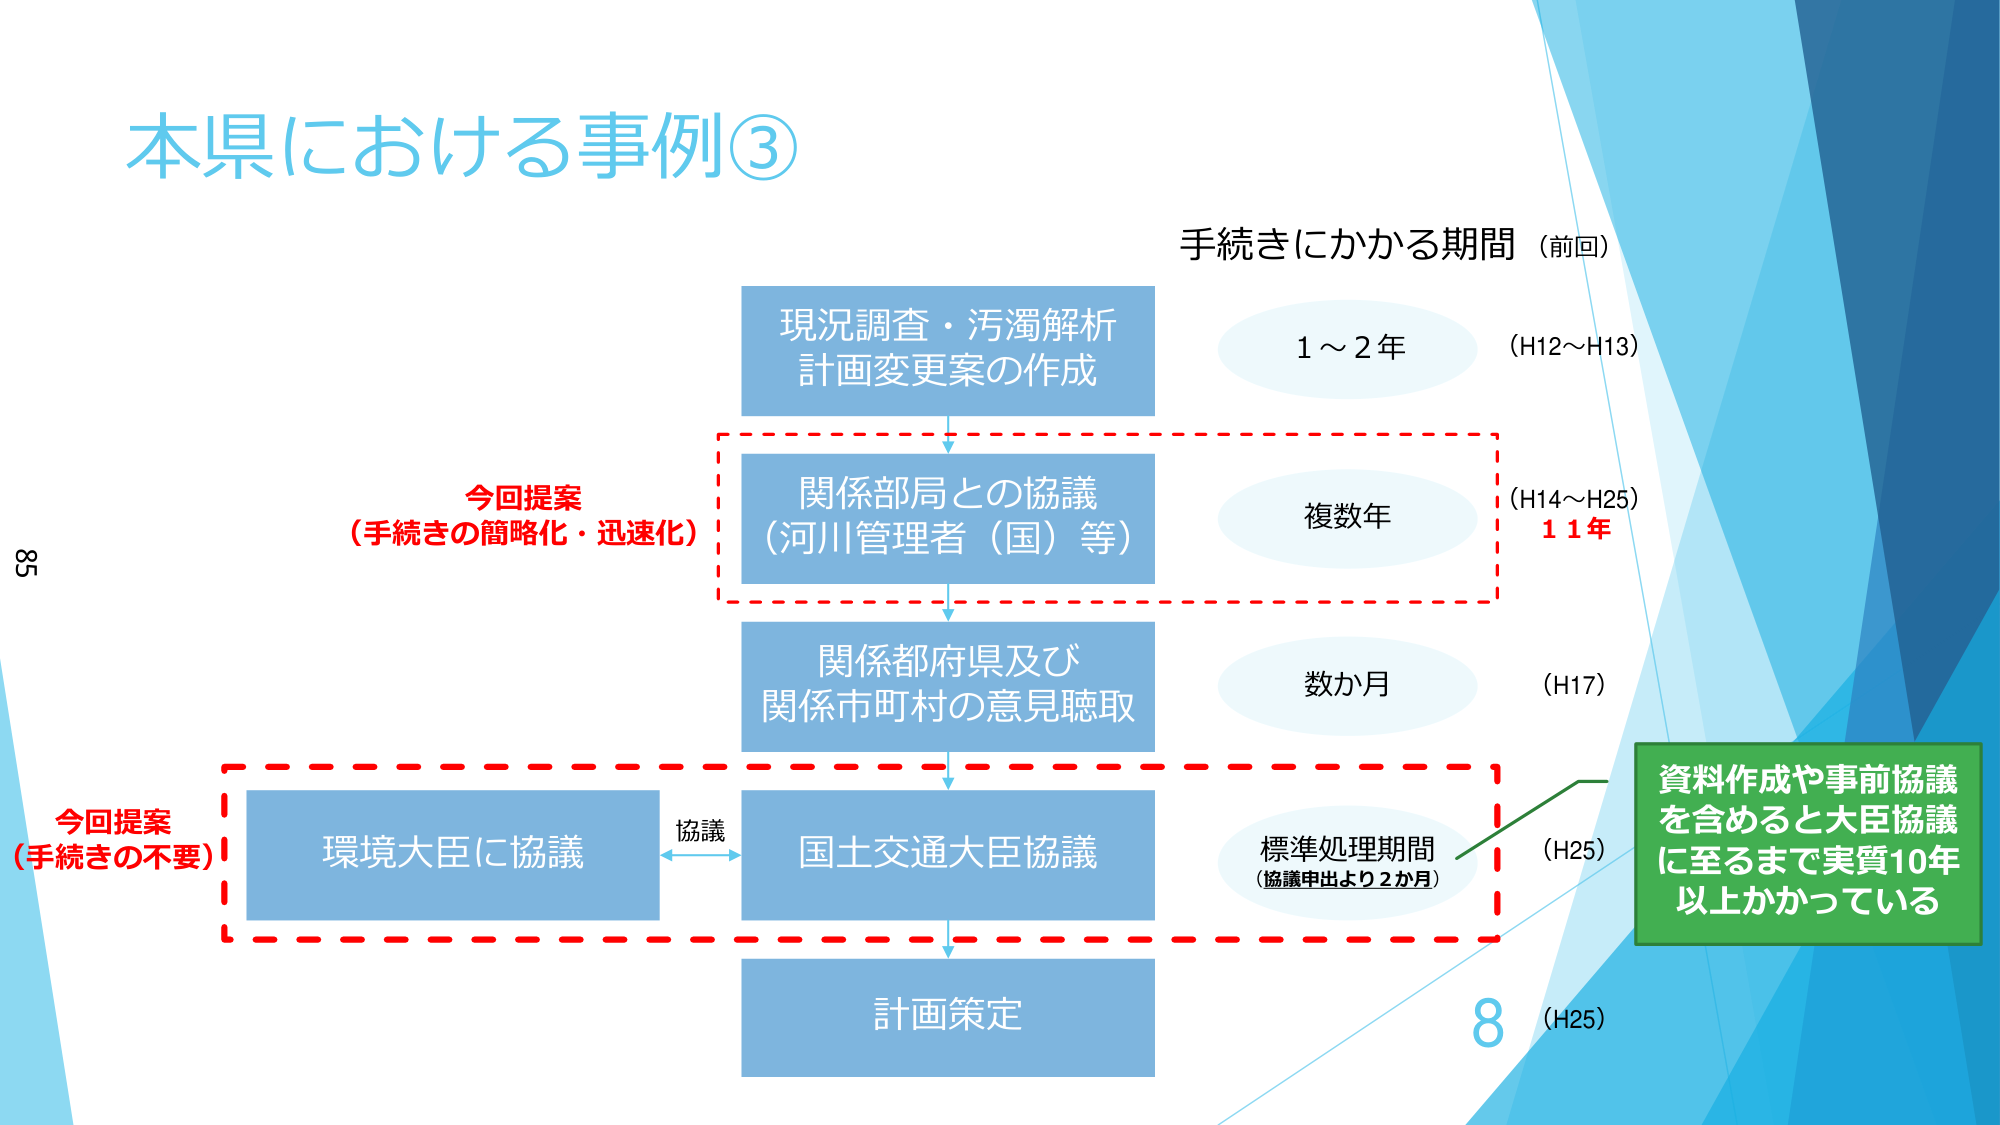
本県における事例③

手続きにかかる期間（前回）

現況調査・汚濁解析
計画変更案の作成
1～2年
（H12～H13）

今回提案
（手続きの簡略化・迅速化）

関係部局との協議
（河川管理者（国）等）
複数年
（H14～H25）
11年

関係都府県及び
関係市町村の意見聴取
数か月
（H17）

今回提案
（手続きの不要）

環境大臣に協議
協議
国土交通大臣協議
標準処理期間
（協議申出より2か月）
（H25）

資料作成や事前協議
を含めると大臣協議
に至るまで実質10年
以上かかっている

計画策定
（H25）

85
8